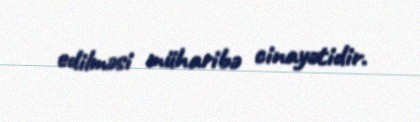
edilməsi müharibə cinayətidir.